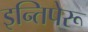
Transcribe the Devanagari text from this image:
इन्तिपेरू